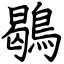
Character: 鶡